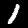
Digit: 1